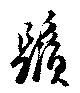
鬚